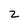
Character: 2